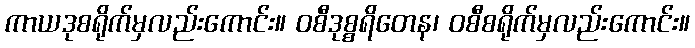
ကာယဒုစရိုက်မှလည်းကောင်း။ ဝစီဒုစ္စရိတေန၊ ဝစီစရိုက်မှလည်းကောင်း။